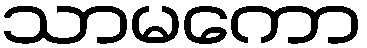
သာမကော